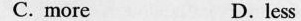
C.more D. less